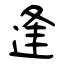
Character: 逢